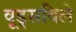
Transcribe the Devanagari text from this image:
वूड्सविले